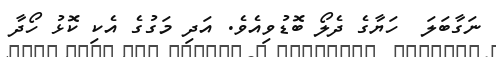
ނަގާބަލަ  ހަޔާގެ ދެލޯ ބޮޑުވިއެވެ. އަދި މަގުގެ އެކި ކޮޅު ހޯދާ